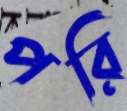
পরি